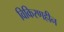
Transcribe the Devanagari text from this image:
विकिरणहीन